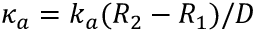
\kappa _ { a } = k _ { a } ( R _ { 2 } - R _ { 1 } ) / D